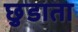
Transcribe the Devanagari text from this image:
छुडाता